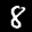
Label: 8